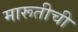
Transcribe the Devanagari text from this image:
मारूतीची